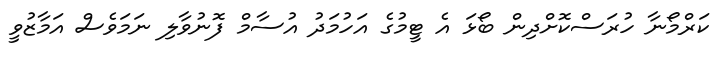
ކަރްމޯނާ ހުރަސްކޮށްދިން ބޯޅަ އެ ޓީމުގެ އަހުމަދު އުސާމް ފޮނުވާލި ނަމަވެސް އަމާޒުވީ